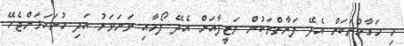
މި މަގާމުތަކަށް އެދޭ ފަރާތްތަކުން ވަޒީފާއަށް އެދޭ ފޯމާއި ވަނަވަރު އަދި ހުށަހަޅަންޖެހޭ